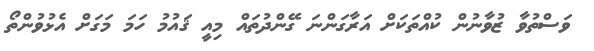
ވަސްތުވާ ޒުވާނުން ކުއްތަކަށް އަރާގަންނަ ގޭންދުތައް މިއީ ޤައުމު ހަމަ މަގަށް އެޅުވުންތޯ